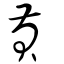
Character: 貢